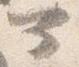
可